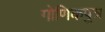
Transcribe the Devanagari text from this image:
गोणिकपुत्र